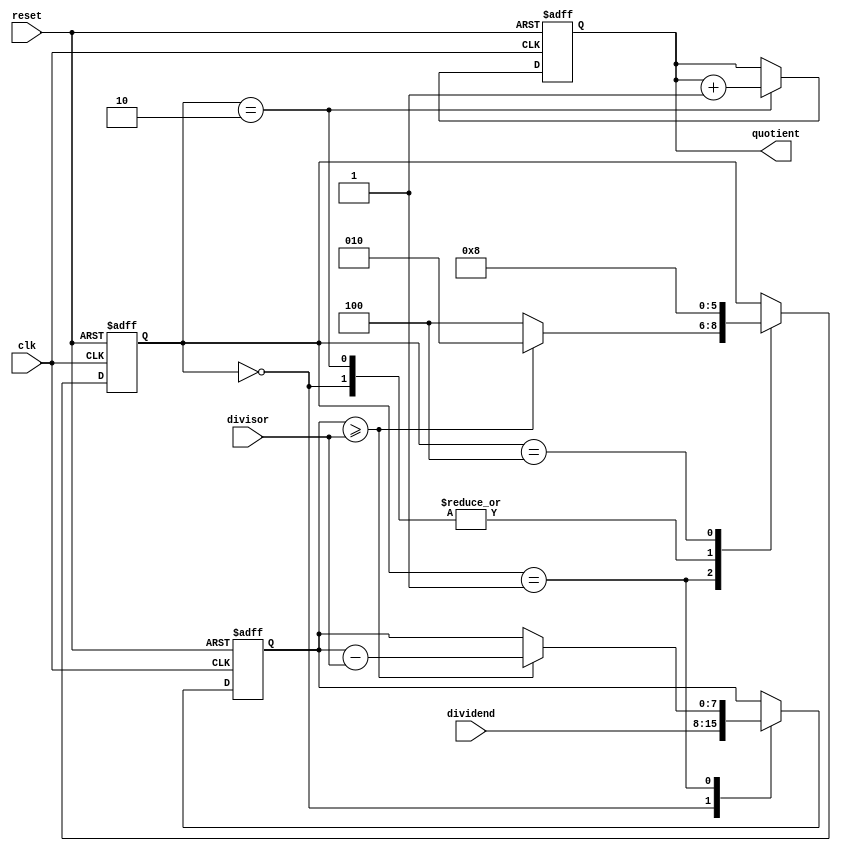
module divider (
    input wire clk,
    input wire reset,
    input wire [3:0] divisor,
    input wire [7:0] dividend,
    output reg [3:0] quotient
);

reg [7:0] remainder;
reg [2:0] state;
reg [3:0] counter;

always @(posedge clk or posedge reset) begin
    if (reset) begin
        state <= 3'b000;
        counter <= 4'b0000;
        quotient <= 4'b0000;
        remainder <= 8'b00000000;
    end else begin
        case (state)
            3'b000: begin // Initialize
                remainder <= dividend;
                state <= 3'b001;
            end
            3'b001: begin // Subtract
                if (remainder >= divisor) begin
                    remainder <= remainder - divisor;
                    state <= 3'b010;
                end else begin
                    state <= 3'b100;
                end
                counter <= counter + 4'b0001;
            end
            3'b010: begin // Update quotient
                quotient <= quotient + 4'b0001;
                state <= 3'b001;
            end
            3'b100: begin // Done
                state <= 3'b000;
            end
        endcase
    end
end

endmodule